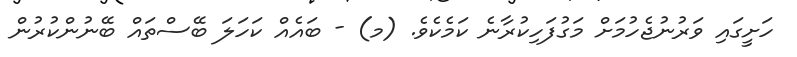
ހަށީގައި ވަރުނުޖެހުމަށް މަގުފަހިކުރާނެ ކަމެކެވެ. (މ) - ބައެއް ކަހަލަ ބޭސްތައް ބޭނުންކުރުން